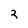
Character: 2